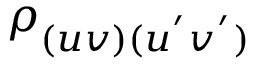
\rho _ { ( u v ) ( u ^ { ' } v ^ { ' } ) }